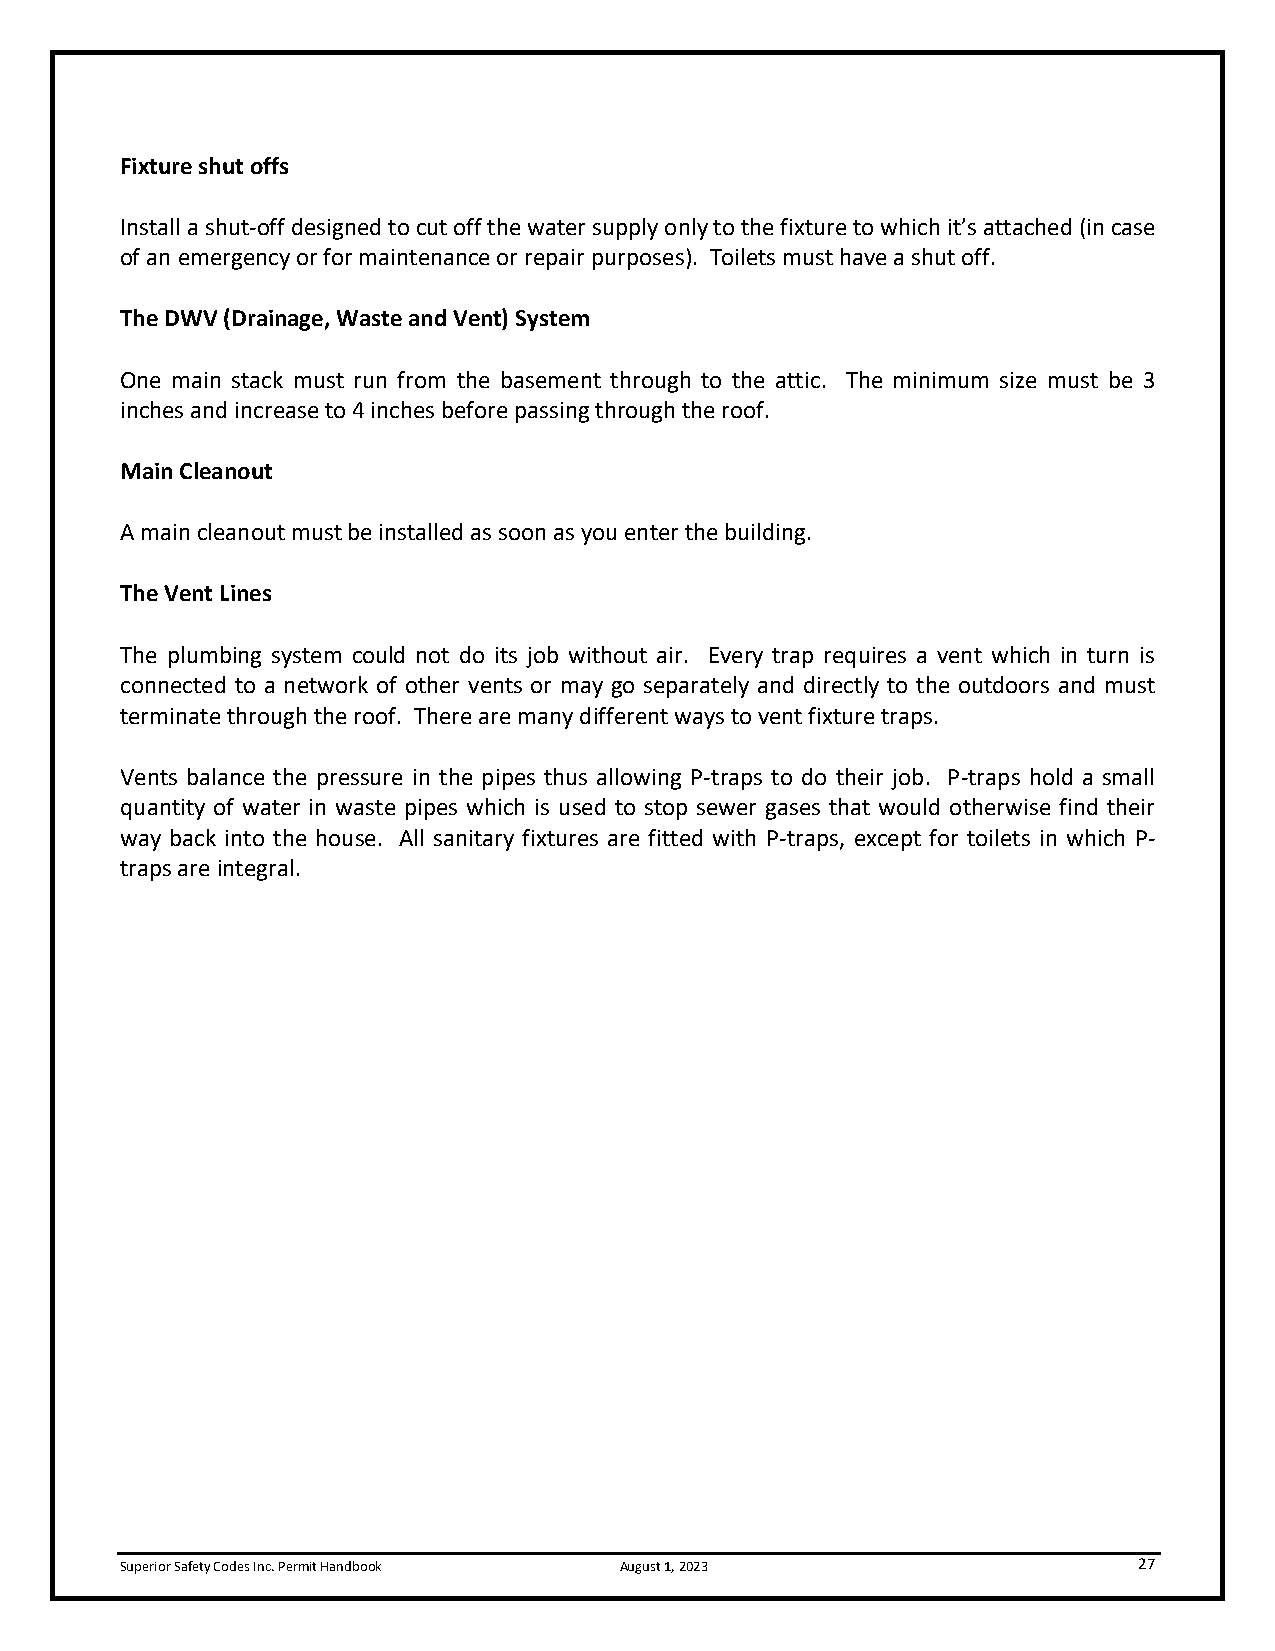
Fixture shut offs
 Install a shut-off designed to cut off the water supply only to the fixture to which it’s attached (in case
 of an emergency or for maintenance or repair purposes). Toilets must have a shut off.
 The DWV (Drainage, Waste and Vent) System
 One main stack must run from the basement through to the attic. The minimum size must be 3
 inches and increase to 4 inches before passing through the roof.
 Main Cleanout
 A main cleanout must be installed as soon as you enter the building.
 The Vent Lines
 The plumbing system could not do its job without air. Every trap requires a vent which in turn is
 connected to a network of other vents or may go separately and directly to the outdoors and must
 terminate through the roof. There are many different ways to vent fixture traps.
 Vents balance the pressure in the pipes thus allowing P-traps to do their job. P-traps hold a small
 quantity of water in waste pipes which is used to stop sewer gases that would otherwise find their
 way back into the house. All sanitary fixtures are fitted with P-traps, except for toilets in which P-
 traps are integral.
 Superior Safety Codes Inc. Permit Handbook August 1, 2023          27